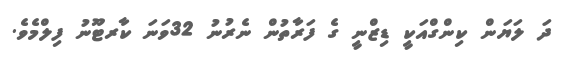
ދަ ލަޔަން ކިންގްއަކީ ޑިޒްނީ ގެ ފަރާތުން ނެރުނު 32ވަނަ ކާރޓޫނު ފިލްމެވެ.